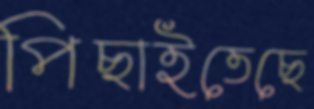
পিছাইতেছে